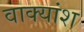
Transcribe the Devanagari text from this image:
वाक्‍यांश